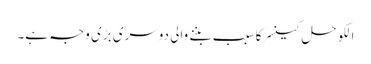
الکوحل کینسر کا سبب بننے والی دوسری بڑی وجہ ہے۔